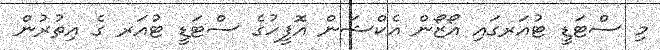
މި ސްޓަޑީ ޓުއަރގައި އޯޒޯން އެކްޝަން އޮފީހުގެ ސްޓަޑީ ޓުއަރ ގެ އިތުރުން